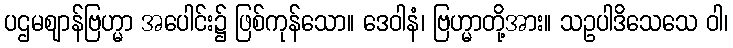
ပဌမဈာန်ဗြဟ္မာ အပေါင်း၌ ဖြစ်ကုန်သော။ ဒေဝါနံ၊ ဗြဟ္မာတို့အား။ သဥပါဒိသေသေ ဝါ၊